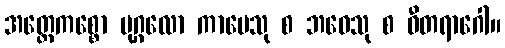
အတ္ထေကစ္စော ပုဂ္ဂလော ကာမေသု စ ဘဝေသု စ ဝီတရာဂေါ။